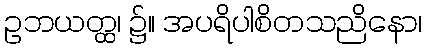
ဥဘယတ္ထ၊ ၌။ အပရိပါစိတသညိနော၊